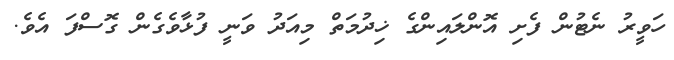
ހަވީރު ނެޓުން ފެށި އޮންލައިންގެ ޚިދުމަތް މިއަދު ވަނީ ފުޅާވެގެން ގޮސްފަ އެވެ.